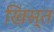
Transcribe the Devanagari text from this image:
खिस्‍त